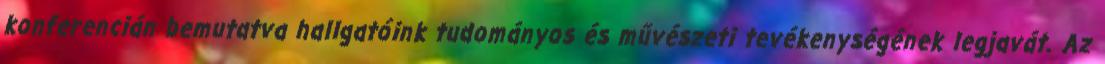
konferencián bemutatva hallgatóink tudományos és művészeti tevékenységének legjavát. Az